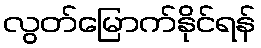
လွတ်မြောက်နိုင်ရန်